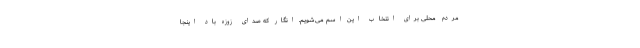
مردم محلی برای انتخاب این اسم می‌شویم. انگار که صدای زوزه باد اینجا